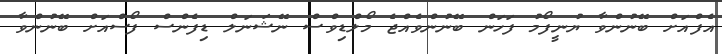
އެފްއަށް ބޭނުންވާ ޔުނީފޯމު ފަހަން ބޭނުންވެއްޖެ މޯލްޑިވްސް ނޭޝަނަލް ޑިފެންސް ފޯސްއަށް ބޭނުންވާ